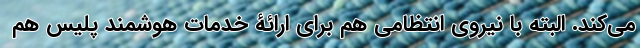
می‌کند. البته با نیروی انتظامی هم برای ارائۀ خدمات هوشمند پلیس هم